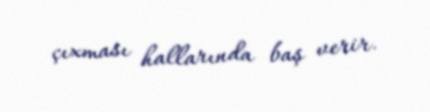
çıxması hallarında baş verir.